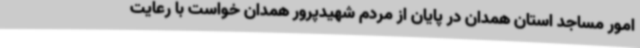
امور مساجد استان همدان در پایان از مردم شهیدپرور همدان خواست با رعایت